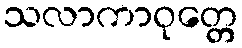
သလာကာဝုတ္တေ